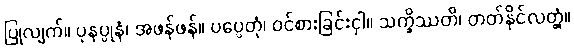
ပြုလျက်။ ပုနပ္ပုနံ၊ အဖန်ဖန်။ ပပ္ပေတုံ၊ ဝင်စားခြင်းငှါ။ သက္ခိဿတိ၊ တတ်နိုင်လတ္တံ့။